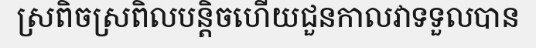
ស្រពិចស្រពិលបន្តិចហើយជួនកាលវាទទួលបាន